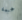
غيمة